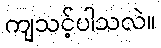
ကျသင့်ပါသလဲ။